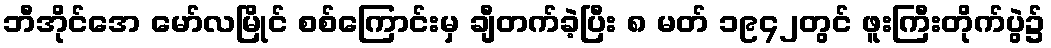
ဘီအိုင်အေ မော်လမြိုင် စစ်ကြောင်းမှ ချီတက်ခဲ့ပြီး ၈ မတ် ၁၉၄၂တွင် ဖူးကြီးတိုက်ပွဲ၌